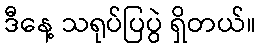
ဒီနေ့ သရုပ်ပြပွဲ ရှိတယ်။